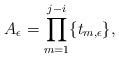
LaTeX: \begin{align*}A_{\epsilon}=\prod_{m=1}^{j-i}\{t_{m,\epsilon}\},\end{align*}